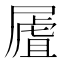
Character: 𡳆